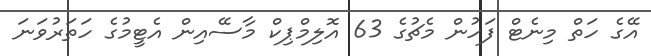
އޭގެ ހަތް މިނެޓް ފަހުން މެޗުގެ 63 އޮލިމްޕިކް މާސޭއިން އެޓީމުގެ ހަތަރުވަނަ